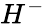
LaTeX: {H_{}}^{-}